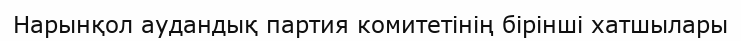
Нарынқол аудандық партия комитетінің бірінші хатшылары